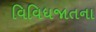
વિવિધજાતના